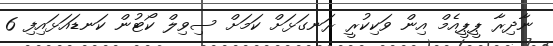
ނާދިރާ ޕީޕީއެމް އިން ވަކިކުރީ ރަނގަޅަށް ކަމަށް ސިވިލް ކޯޓުން ކަނޑައަޅައިފި 6